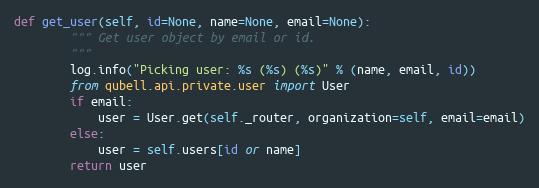
Language: Python
def get_user(self, id=None, name=None, email=None):
        """ Get user object by email or id.
        """
        log.info("Picking user: %s (%s) (%s)" % (name, email, id))
        from qubell.api.private.user import User
        if email:
            user = User.get(self._router, organization=self, email=email)
        else:
            user = self.users[id or name]
        return user